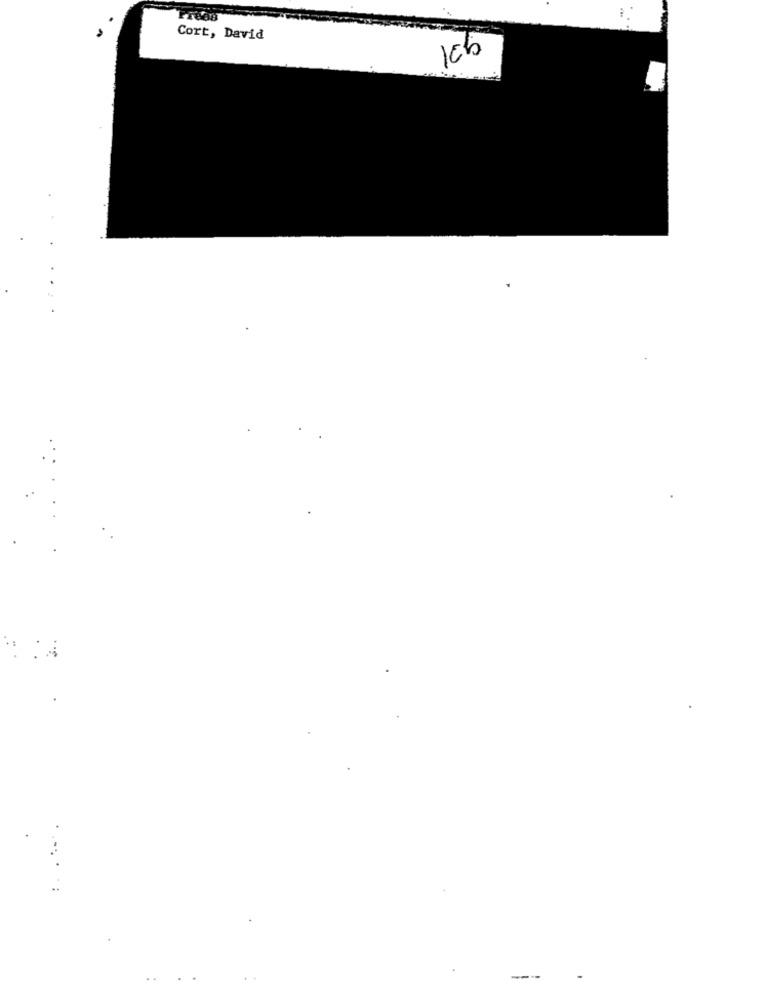
Cort, David